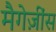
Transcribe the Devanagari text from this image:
मैगेज़ींस